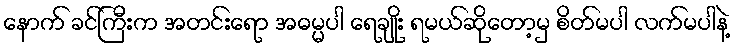
နောက် ခင်ကြီးက အတင်းရော အဓမ္မပါ ရေချိုး ရမယ်ဆိုတော့မှ စိတ်မပါ လက်မပါနဲ့